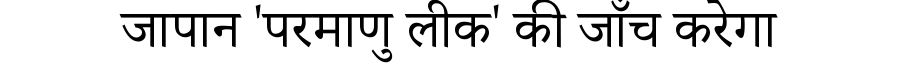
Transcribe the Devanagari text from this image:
जापान 'परमाणु लीक' की जाँच करेगा